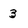
Character: 3